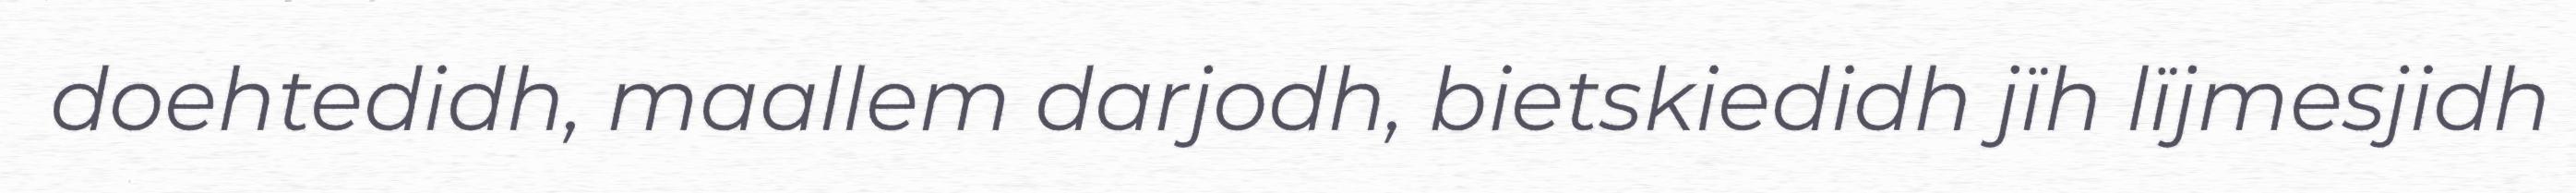
doehtedidh, maallem darjodh, bietskiedidh jïh lïjmesjidh